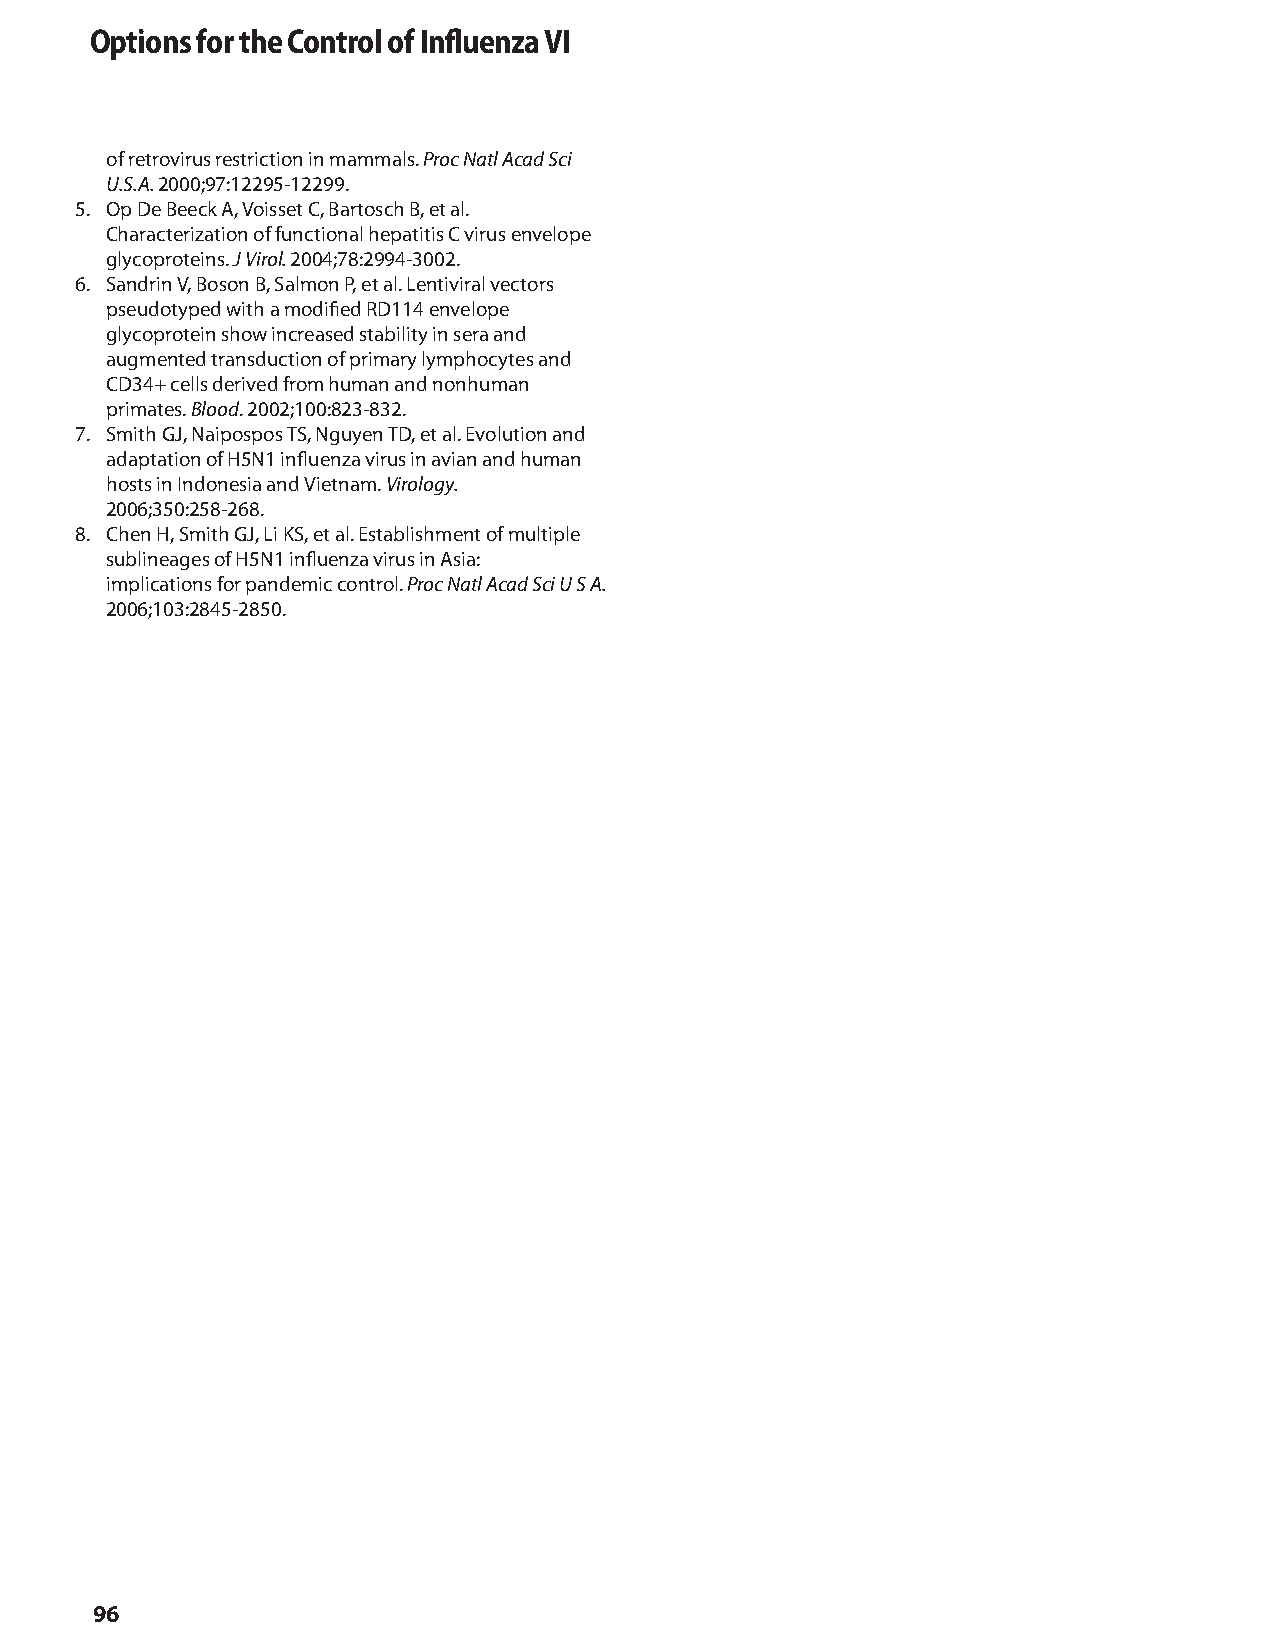
Options for the Control of Influenza VI
 of retrovirus restriction in mammals. Proc Natl Acad Sci
 U.S.A. 2000;97:12295-12299.
 5. Op De Beeck A, Voisset C, Bartosch B, et al.
 Characterization of functional hepatitis C virus envelope
 glycoproteins. J Virol. 2004;78:2994-3002.
 6. Sandrin V, Boson B, Salmon P, et al. Lentiviral vectors
 pseudotyped with a modified RD114 envelope
 glycoprotein show increased stability in sera and
 augmented transduction of primary lymphocytes and
 CD34+ cells derived from human and nonhuman
 primates. Blood. 2002;100:823-832.
 7. Smith GJ, Naipospos TS, Nguyen TD, et al. Evolution and
 adaptation of H5N1 influenza virus in avian and human
 hosts in Indonesia and Vietnam. Virology.
 2006;350:258-268.
 8. Chen H, Smith GJ, Li KS, et al. Establishment of multiple
 sublineages of H5N1 influenza virus in Asia:
 implications for pandemic control. Proc Natl Acad Sci U S A.
 2006;103:2845-2850.
 96